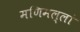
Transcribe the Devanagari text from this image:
मणिमल्लां